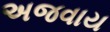
અજવાય